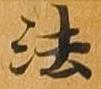
法